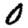
Digit: 0